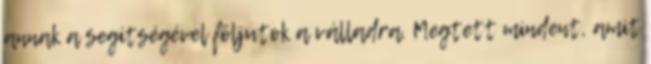
annak a segítségével följutok a válladra. Megtett mindent, amit